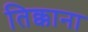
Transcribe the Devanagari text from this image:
तिक्काना